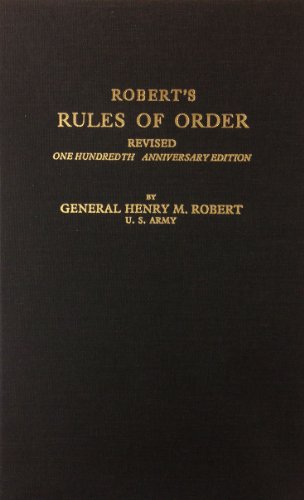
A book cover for Robert's Rules of Order; Henry M. Robert; Reference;